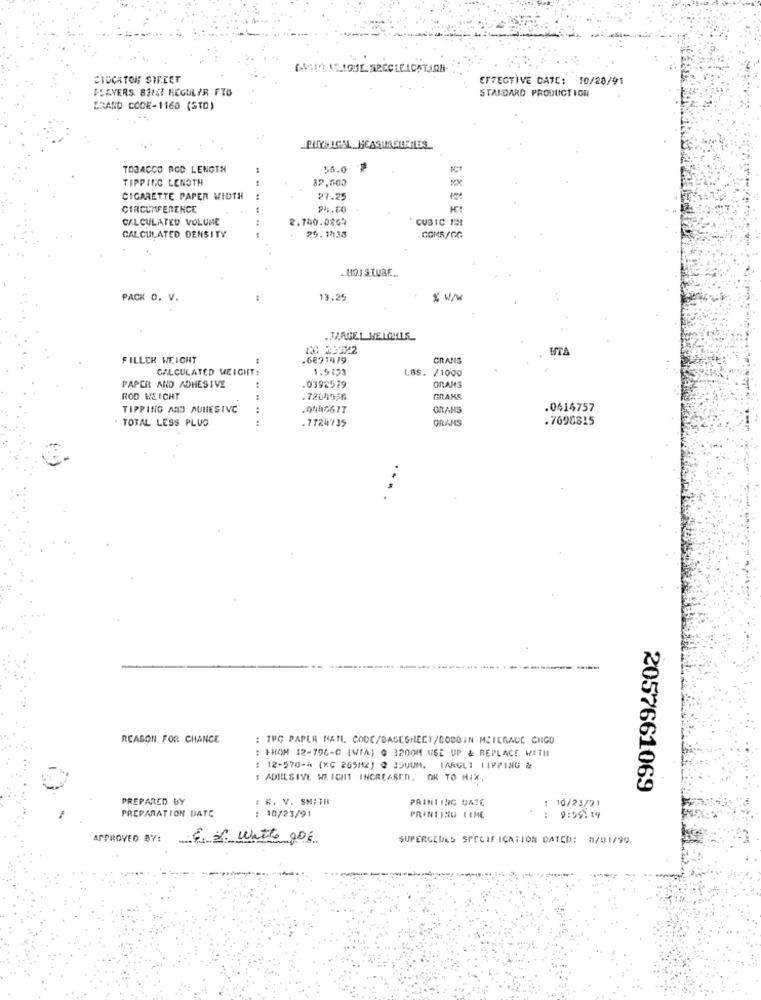
(1) ILOSE SPECLEICATION
STOCKTON SIECET
EFFECTIVE DATE: 10/28/91
PLAYERS 8314 REGULAR FTG
STANDARD PRODUCTION
BRAND CODE-1160 (STD)
PHYSICAL HEASIAGIERLES
TOBACCO ROD LENGTH
55.0
TIPPING LENSTH
CIGARETTE PAPER WIDTH
27.25
CIRCUMFERENCE
24.00
CALCULATED VOLUME
2.740.0809
CUBIC 19
----
CALCULATED DENSITY
25.1433
HOJ STURE ...
PACK O. V.
13.25
* ww
WITA
FILLER WEIGHT
.6891419
CRANS
CALCULATED WEIGHT:
1.5123
LOS. /1000
ORAMS
PAPER AND ADHESIVE
.0392519
ROD WEICHT
7204956
GRAMS
TIPPING AND AULIESIVC
.0040617
ORAHS
.0414757
. TOTAL LESS PLUS
.7724735
GRANS
.7698815
REASON FOR CHANGE
: TPC PAPER MATI CODE/BASESHEET/DOBOIN MCIERADE CHGD
: FROM 12-796-G (WIA) 0 3200M USE UP & REPLACE WETH
: 12-570-4 (KC 265M2) @ 350UM. IARGLI 11PPING %
: ADIELSIVE WEICHT INCREASED. OK TO MIX,
2057661069
PREPARED BY
: K. V. SMITH
PAINTING DATC
:10/23/71
PREPARATION DATE
: 10/23/91
PRINTING TIME
: 9:59: 19
APPROVED BY!
6 6 watts gos
SUPERCEULS SPECIFICATION DATED: 8/01/99